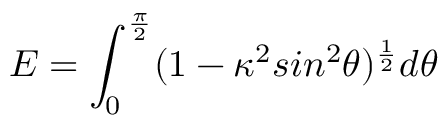
E = \int _ { 0 } ^ { \frac { \pi } { 2 } } ( 1 - \kappa ^ { 2 } s i n ^ { 2 } \theta ) ^ { \frac { 1 } { 2 } } d \theta